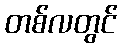
တစ်လတွင်